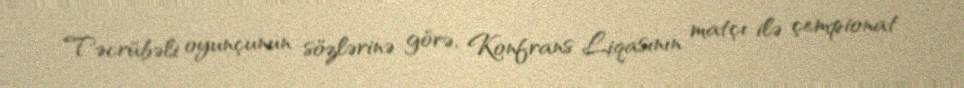
Təcrübəli oyunçunun sözlərinə görə, Konfrans Liqasının matçı ilə çempionat